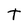
Character: T